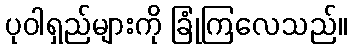
ပုဝါရှည်များကို ခြုံကြလေသည်။